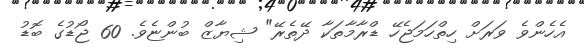
އެހެންވެ ވަރަށް ހިތްހަމަޖެހޭ ޑްރާމާތަކާ ދޭތެރޭ" ޝިޔާޒް ބުންޏެވެ. 60 ޖޯޑުގެ ބޮޑު